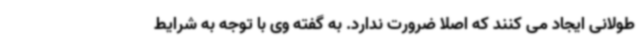
طولانی ایجاد می کنند که اصلا ضرورت ندارد. به گفته وی با توجه به شرایط